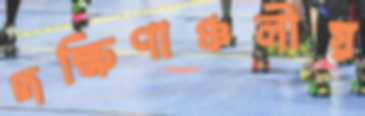
দক্ষিণাঞ্চলীয়